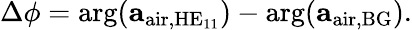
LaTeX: \begin{array}{r}{\Delta\phi=\arg(\mathbf{a}_{\mathrm{air},\mathrm{HE}_{11}})-\arg(\mathbf{a}_{\mathrm{air,BG}}).}\end{array}